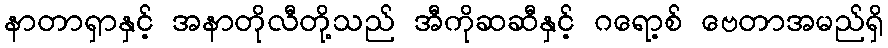
နာတာရှာနှင့် အနာတိုလီတို့သည် အီကိုဆဆီနှင့် ဂရော့စ် ဗေတာအမည်ရှိ